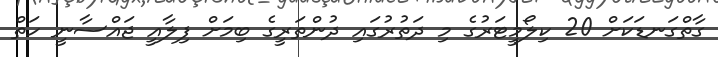
ގާތްގަނޑަކަށް 20 ކިލޯމީޓަރުގެ މި ދަތުރުގައި ދުންތަރީގެ ބިމަށް ފިލާއީ ޖައްސާނީ ހަތް